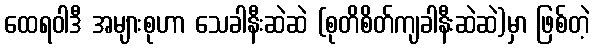
ထေရဝါဒီ အများစုဟာ သေခါနီးဆဲဆဲ (စုတိစိတ်ကျခါနီးဆဲဆဲ)မှာ ဖြစ်တဲ့